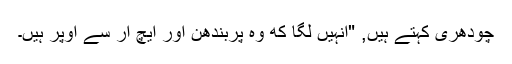
چودھری کہتے ہیں, "انہیں لگا که وہ پربندھن اور ایچ آر سے اوپر ہیں۔